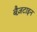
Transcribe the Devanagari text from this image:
बैज़टाइन